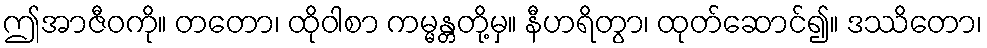
ဤအာဇီဝကို။ တတော၊ ထိုဝါစာ ကမ္မန္တတို့မှ။ နီဟရိတွာ၊ ထုတ်ဆောင်၍။ ဒဿိတော၊